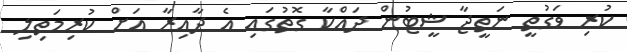
ކުރި ވަގުތީ ނަތީޖާ ޝީޓުން ދައްކާ ގޮތުގައި އެ ދާއިރާ އަށް ކުރިމަތިލި